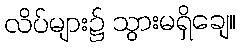
လိပ်များ၌ သွားမရှိချေ။